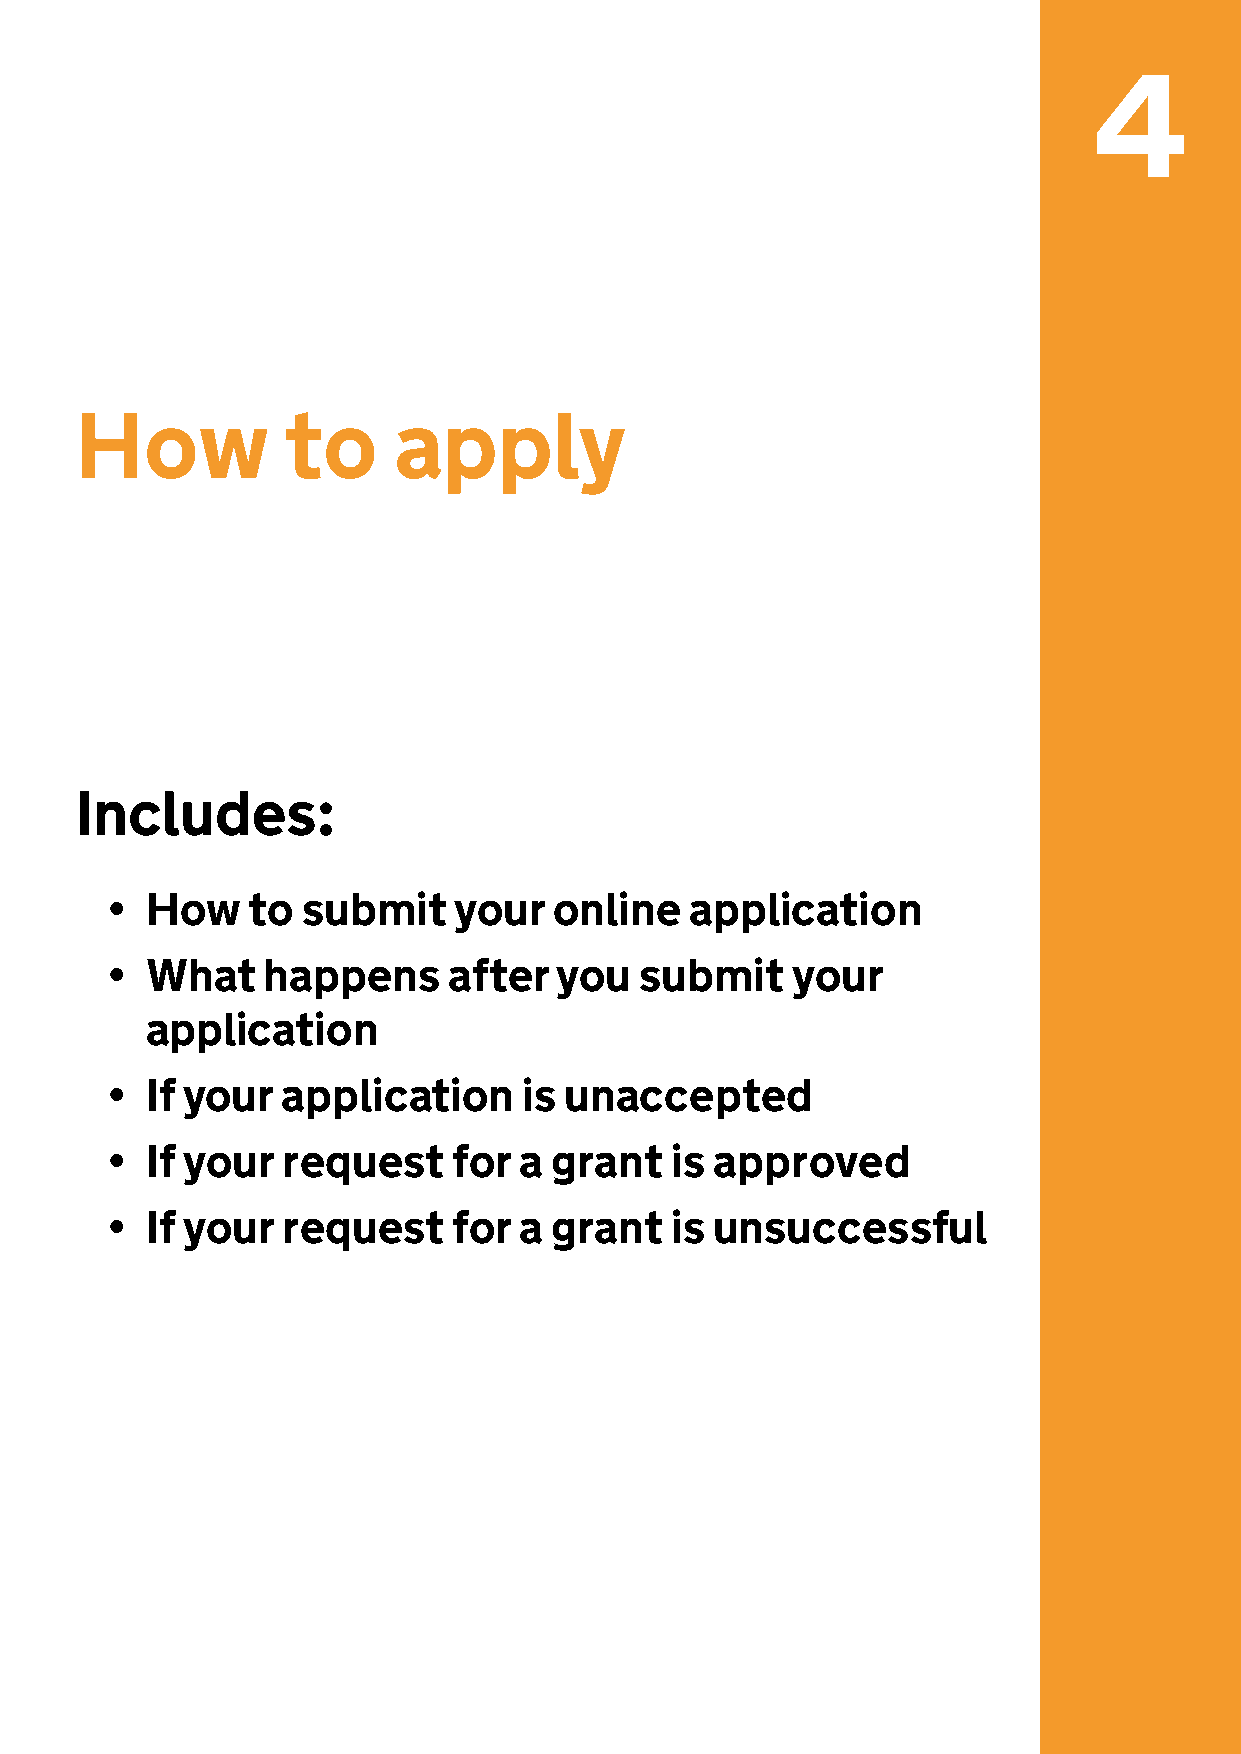
4
 How           to     apply
 Includes:
 •  How   to  submit    your   online   application
 •  What   happens      after  you  submit    your
 application
 •  If your  application     is unaccepted
 •  If your  request    for a  grant  is approved
 •  If your  request    for a  grant  is unsuccessful